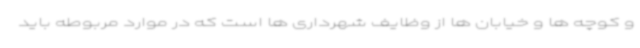
و کوچه ها و خیابان ها از وظایف شهرداری ها است که در موارد مربوطه باید